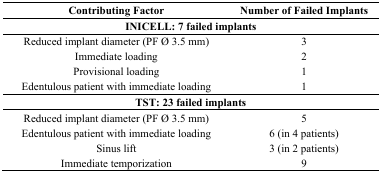
| Contributing Factor | Number of Failed Implants |
 | --- | --- |
 | <COLSPAN=2> INICELL: 7 failed implants |
 | Reduced implant diameter (PF Ø 3.5 mm) | 3 |
 | Immediate loading | 2 |
 | Provisional loading | 1 |
 | Edentulous patient with immediate loading | 1 |
 | <COLSPAN=2> TST: 23 failed implants |
 | Reduced implant diameter (PF Ø 3.5 mm) | 5 |
 | Edentulous patient with immediate loading | 6 (in 4 patients) |
 | Sinus lift | 3 (in 2 patients) |
 | Immediate temporization | 9 |